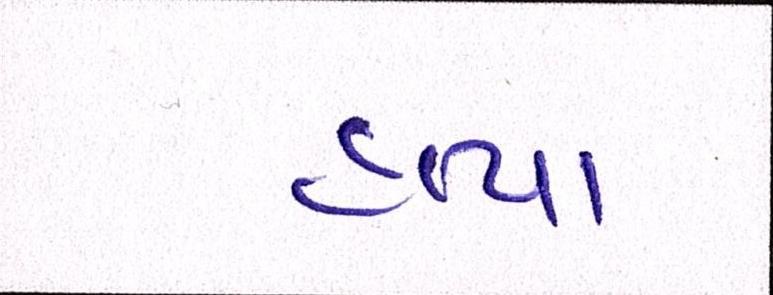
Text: હત્યા